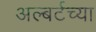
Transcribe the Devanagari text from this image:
अल्बर्टच्या